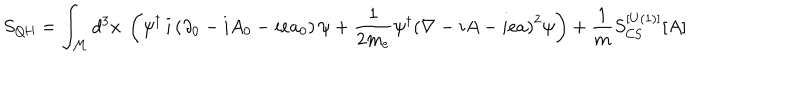
LaTeX: S _ { \mathrm { { Q H } } } = \int _ { \cal M } d ^ { 3 } x ~ \left( \psi ^ { \dagger } \, i \left( \partial _ { 0 } - i A _ { 0 } - i e a _ { 0 } \right) \psi + \frac { 1 } { 2 m _ { e } } \psi ^ { \dagger } \left( \nabla - i A - i e a \right) ^ { 2 } \psi \right) + \frac { 1 } { m } S _ { \mathrm { C S } } ^ { [ U ( 1 ) ] } [ A ]